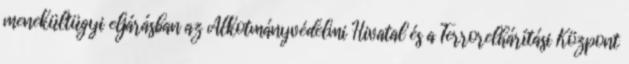
menekültügyi eljárásban az Alkotmányvédelmi Hivatal és a Terrorelhárítási Központ